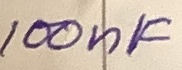
Text: 100nF